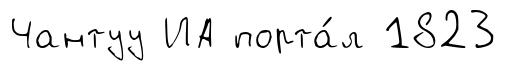
Чантуу ИА порта́л 1823